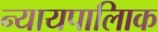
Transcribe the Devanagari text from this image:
न्यायपालिाक